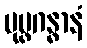
ပုပ္ဖဂန္ဓာနံ